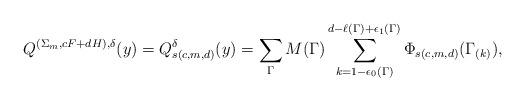
LaTeX: \begin{align*} Q^{(\Sigma_m,cF+dH),\delta}(y)=Q^{\delta}_{s(c,m,d)}(y)=\sum_{\Gamma} M(\Gamma)\sum_{k=1-\epsilon_0(\Gamma)}^{d-\ell(\Gamma)+\epsilon_1(\Gamma)}\Phi_{s(c,m,d)}(\Gamma_{(k)}),\end{align*}